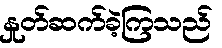
နှုတ်ဆက်ခဲ့ကြသည်